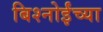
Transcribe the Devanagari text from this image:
बिश्‍नोईंच्या